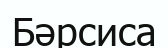
Бәрсиса